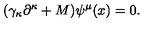
( \gamma _ { \kappa } \partial ^ { \kappa } + M ) \psi ^ { \mu } ( x ) = 0 .